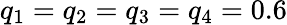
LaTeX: q_{1}=q_{2}=q_{3}=q_{4}=0.6